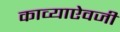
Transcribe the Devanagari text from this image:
काव्याऐवजी